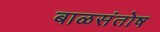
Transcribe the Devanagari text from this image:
बाळसंतोष